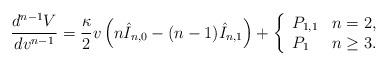
LaTeX: \begin{align*} \frac{d^{n-1}V}{dv^{n-1}}=\frac{\kappa}{2}v\left(n\hat{I}_{n,0}-(n-1)\hat{I}_{n,1}\right)+\left\{ \begin{array}{ll} P_{1,1} & n=2,\\ P_{1} & n\geq 3. \end{array}\right.\end{align*}